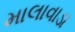
માલાવાડા